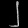
Digit: ၂